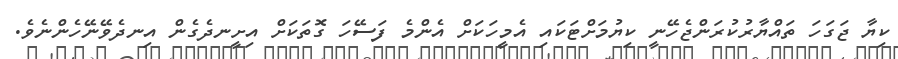
ކިޔާ ޖަގަހަ ތައްޔާރުކުރަންޖެހޭނީ ކިޔުމަށްޓަކައި އެމީހަކަށް އެންމެ ފަސޭހަ ގޮތަކަށް އިށީނދެގެން އިނދެވޭނޭހެންނެވެ.